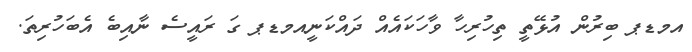
އމޑޕ ބިރުން އުޅޭތީ ތިހުރިހާ ވާހަކައެއް ދައްކަނީއމޑޕ ގަ ރައީސެ ނާއިބެ އެބަހުރިތަ.